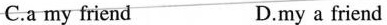
C.a my friend D.my a friend